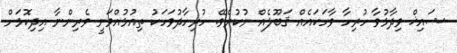
ޝައިޚް ވިދާޅުވާ ހުރިހާ ވާހަކައެއް ޤަބޫލެއް ނުކުރެވޭ. ހުރިހާދުވަހަކު ތިއުޅުއްވަނީ ވެރިންނާ އިދިކޮޅަށް